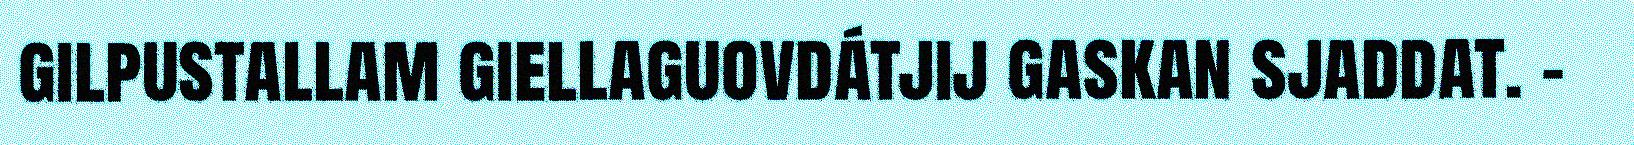
gilpustallam giellaguovdátjij gaskan sjaddat. –